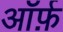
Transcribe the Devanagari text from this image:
ऑर्फ़